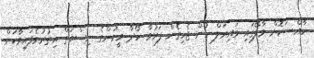
ހާއްސަކޮށް މާލޭގައި ވައިރަލް ހުން ޖެހިގެން ފަރުވާ ހޯދާ މީހުންގެ ނިސްބަތް އިތުރުވެފައިވާކަން